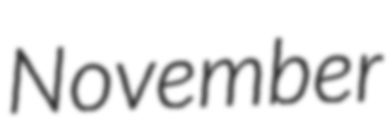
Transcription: November